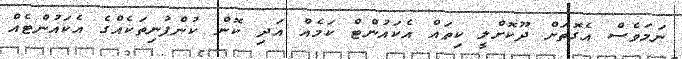
ނަމަވެސް އެގޮތަށް ދޫކޮށްލީ ކިތައް އެކައުންޓް ކަމެއް އަދި ކޮން ކުންފުނިތަކެއްގެ އެކައުންޓެއް